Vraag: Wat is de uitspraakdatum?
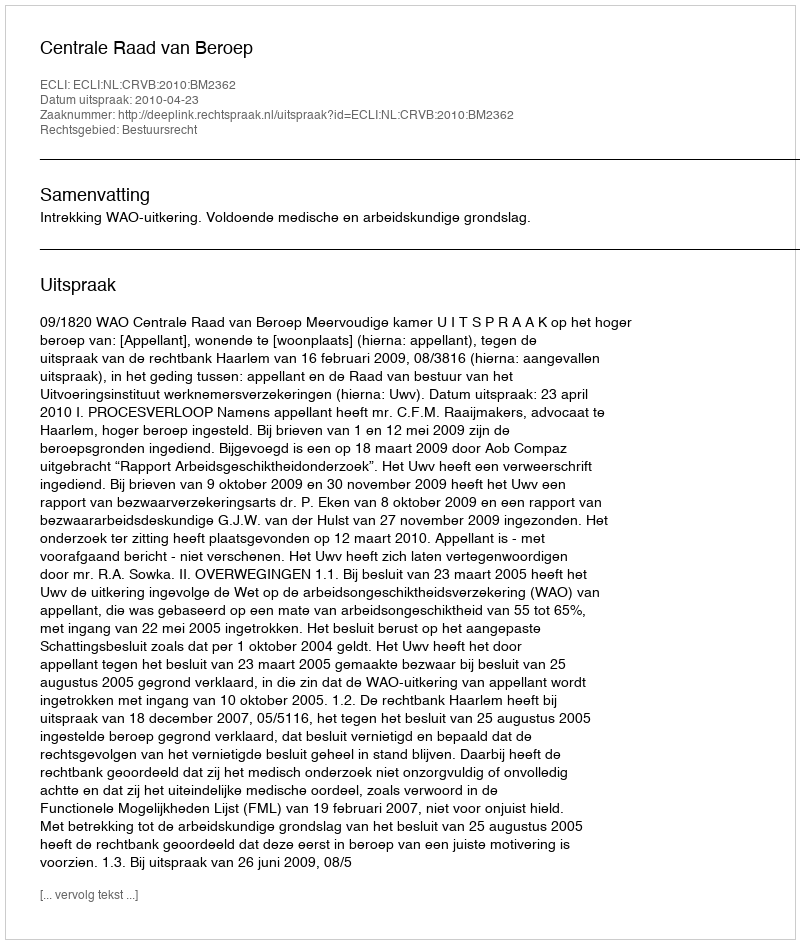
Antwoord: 2010-04-23